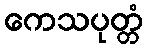
ကေသပုတ္တံ